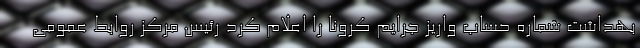
بهداشت شماره حساب واریز جرایم کرونا را اعلام کرد رئیس مرکز روابط عمومی